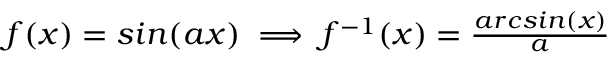
\begin{array} { r } { f ( x ) = s i n ( a x ) \implies f ^ { - 1 } ( x ) = \frac { a r c s i n ( x ) } { a } } \end{array}